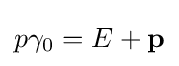
p\gamma _{0}=E+\mathbf {p}